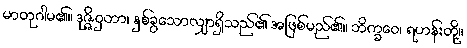
မာတုဂါမ၏။ ဒုဇ္ဇိဝှတာ၊ နှစ်ခွသောလျှာရှိသည်၏ အဖြစ်မည်၏။ ဘိက္ခဝေ၊ ရဟန်းတို့။